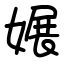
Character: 㜊